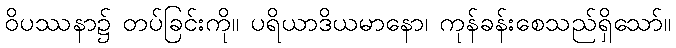
ဝိပဿနာ၌ တပ်ခြင်းကို။ ပရိယာဒိယမာနော၊ ကုန်ခန်းစေသည်ရှိသော်။